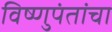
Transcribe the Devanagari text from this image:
विष्णुपंतांचा